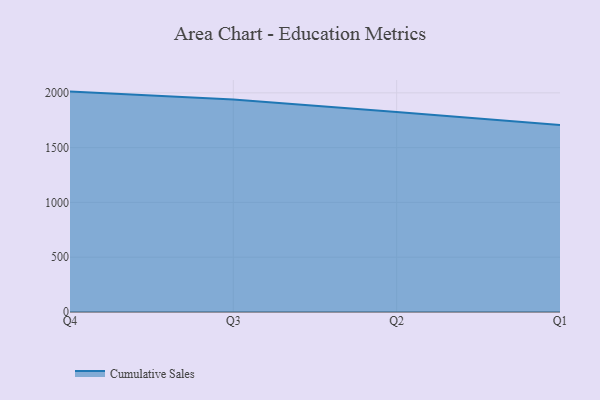
{"axis": {"x": "Quarter", "y": "Headcount"}, "legend": ["Cumulative Sales"], "data": [{"x": "Q4", "y": 2011.4, "type": "Cumulative Sales"}, {"x": "Q3", "y": 1938.2, "type": "Cumulative Sales"}, {"x": "Q2", "y": 1824.3, "type": "Cumulative Sales"}, {"x": "Q1", "y": 1706.3, "type": "Cumulative Sales"}]}